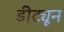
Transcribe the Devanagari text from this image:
डीट्यून